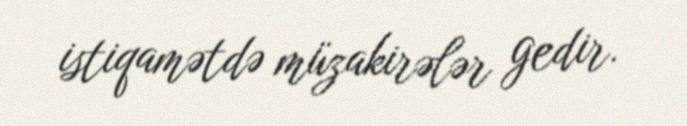
istiqamətdə müzakirələr gedir.